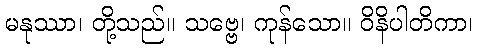
မနုဿာ၊ တို့သည်။ သဗ္ဗေ၊ ကုန်သော။ ဝိနိပါတိကာ၊